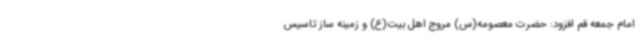
امام جمعه قم افزود: حضرت معصومه(س) مروج اهل بیت(ع) و زمینه ساز تاسیس